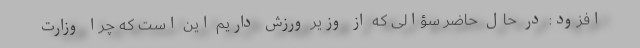
افزود: در حال حاضر سؤالی که از وزیر ورزش داریم این است که چرا وزارت